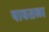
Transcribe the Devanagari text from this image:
पावसला